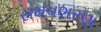
સમવશરણ